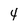
Character: 4